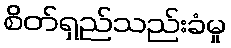
စိတ်ရှည်သည်းခံမှု